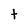
Character: t